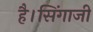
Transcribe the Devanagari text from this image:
है।सिंगाजी